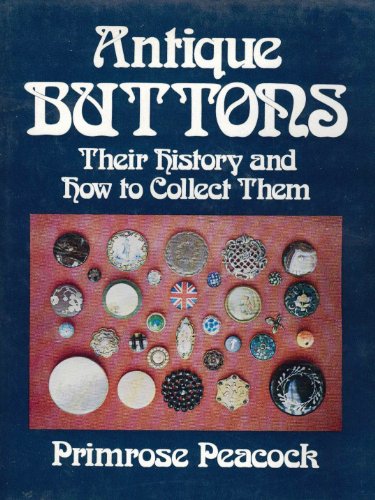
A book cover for Antique buttons; their history and how to collect them; Primrose Peacock; Crafts, Hobbies & Home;